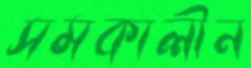
সমকালীন